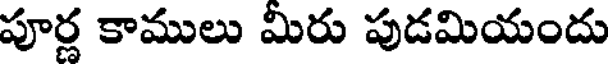
పూర్ణ కాములు మీరు పుడమియందు